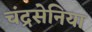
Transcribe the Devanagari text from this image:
चंद्रसेनिया